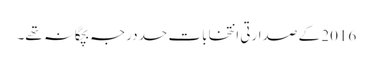
2016 کے صدارتی انتخابات حد درجہ بچگانہ تھے۔